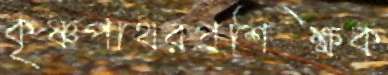
কৃষ্ণপাথরপ্রশিক্ষক